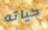
حياته